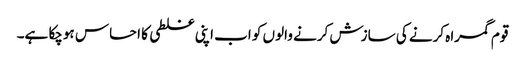
قوم گمراہ کرنے کی سازش کرنے والوں کو اب اپنی غلطی کا احساس ہوچکا ہے۔